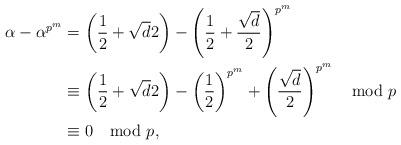
LaTeX: \begin{align*} \alpha - \alpha^{p^m} &= \left(\frac{1}{2} + \sqrt{d}{2}\right) - \left(\frac{1}{2} + \frac{\sqrt{d}}{2}\right)^{p^m} \\ &\equiv \left(\frac{1}{2} + \sqrt{d}{2}\right) - \left(\frac{1}{2}\right)^{p^m} + \left(\frac{\sqrt{d}}{2}\right)^{p^m} \mod p \\ &\equiv 0 \mod p,\end{align*}